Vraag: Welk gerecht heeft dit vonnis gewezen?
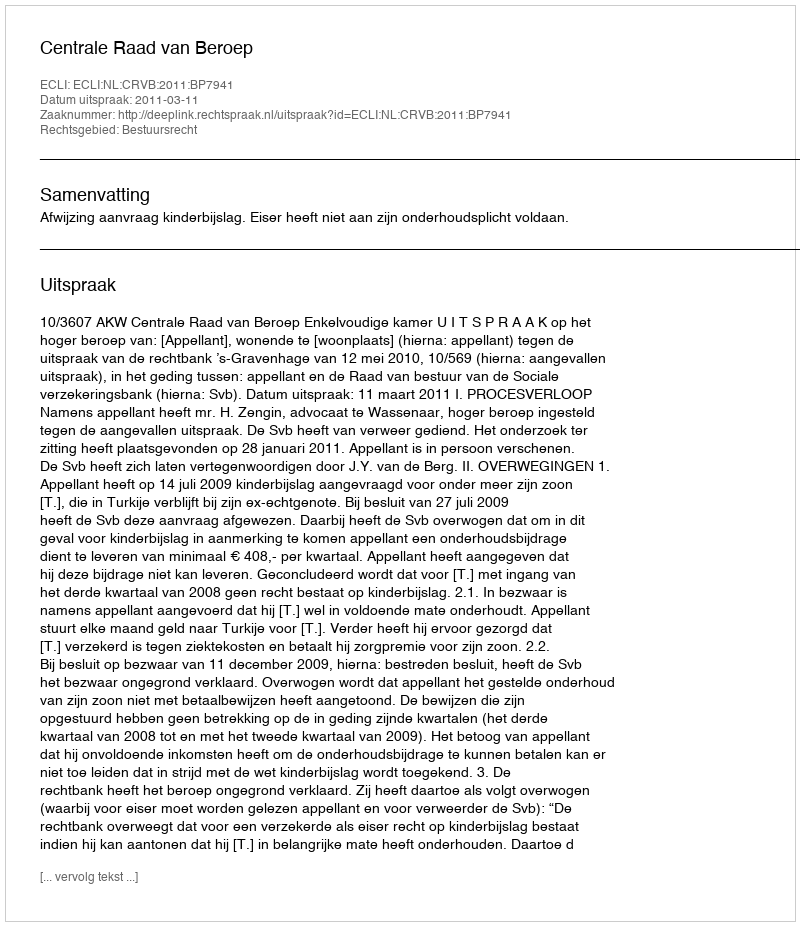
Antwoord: Centrale Raad van Beroep